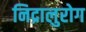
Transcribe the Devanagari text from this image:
निद्रालुरोग